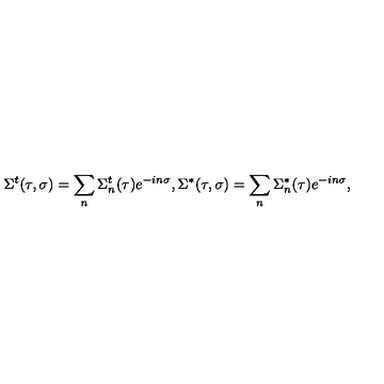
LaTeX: \Sigma ^ { t } ( \tau , \sigma ) = \sum _ { n } \Sigma _ { n } ^ { t } ( \tau ) e ^ { - i n \sigma } , \Sigma ^ { * } ( \tau , \sigma ) = \sum _ { n } \Sigma _ { n } ^ { * } ( \tau ) e ^ { - i n \sigma } ,